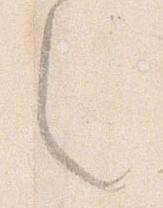
々